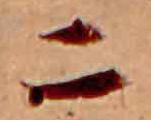
二